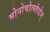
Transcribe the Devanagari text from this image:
मोनोचोत्य्लेदोन्